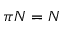
\pi N = N